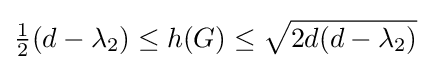
{\tfrac {1}{2}}(d-\lambda _{2})\leq h(G)\leq {\sqrt {2d(d-\lambda _{2})}}